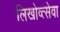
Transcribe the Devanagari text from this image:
लिखोव्त्सेवा